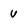
Character: v